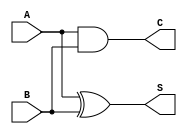
module CarryLookaheadHalfAdder (
    input wire A,        // First input bit
    input wire B,        // Second input bit
    output wire S,       // Sum output
    output wire C        // Carry output
);

// Sum Calculation
assign S = A ^ B;      // S = A XOR B

// Carry Calculation
assign C = A & B;      // C = A AND B

endmodule